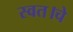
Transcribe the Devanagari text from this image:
स्वत।चे